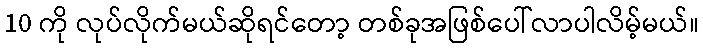
10 ကို လုပ်လိုက်မယ်ဆိုရင်တော့ တစ်ခုအဖြစ်ပေါ်လာပါလိမ့်မယ်။